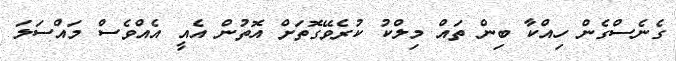
ގެނެސްގެން ހިއްކާ ބިން ތައް މިލްކު ކުރެވޭގޮތަށް އޮތުން އެއީ އެއްވެސް މައްސަލަ